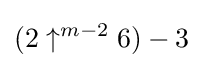
(2\uparrow ^{m-2}6)-3